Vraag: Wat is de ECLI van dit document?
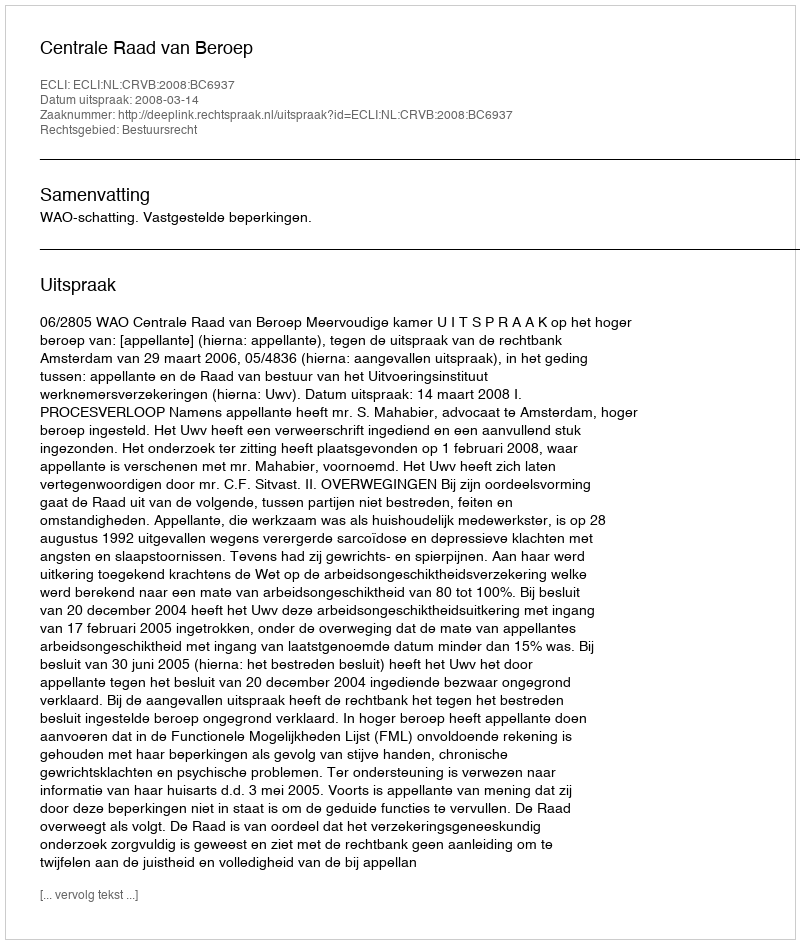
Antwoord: ECLI:NL:CRVB:2008:BC6937